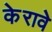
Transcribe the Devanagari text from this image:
केरावे